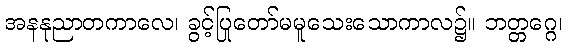
အနနုညာတကာလေ၊ ခွင့်ပြုတော်မမူသေးသောကာလ၌။ ဘတ္တဂ္ဂေ၊